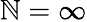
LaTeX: \mathbb{N}=\infty